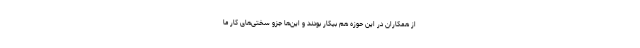
از همکاران در این حوزه هم بیکار بودند و این‌ها جزو سختی‌های کار ما